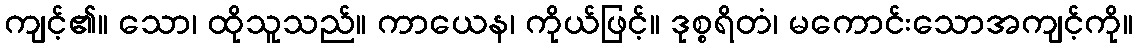
ကျင့်၏။ သော၊ ထိုသူသည်။ ကာယေန၊ ကိုယ်ဖြင့်။ ဒုစ္စရိတံ၊ မကောင်းသောအကျင့်ကို။